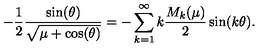
- \frac { 1 } { 2 } \frac { \sin ( \theta ) } { \sqrt { \mu + \cos ( \theta ) } } = - \sum _ { k = 1 } ^ { \infty } k \frac { M _ { k } ( \mu ) } { 2 } \sin ( k \theta ) .